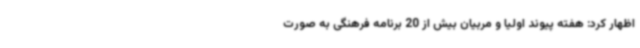
اظهار کرد: هفته پیوند اولیا و مربیان بیش از 20 برنامه فرهنگی به صورت